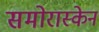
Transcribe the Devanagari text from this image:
समोरास्केन